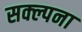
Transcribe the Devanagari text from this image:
सक्ल्पना